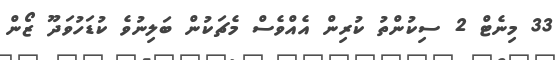
33 މިނެޓް 2 ސިކުންތު ކުރިން އެއްވެސް މެޗަކުން ބަލިނުވެ ކުޑަހުވަދޫ ޒޯން